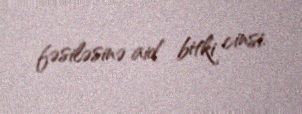
fəsiləsinə aid bitki cinsi.